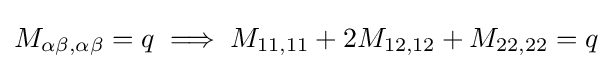
M_{\alpha \beta ,\alpha \beta }=q\implies M_{11,11}+2M_{12,12}+M_{22,22}=q